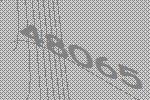
48065